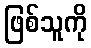
ဖြစ်သူကို